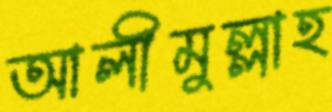
আলীমুল্লাহ